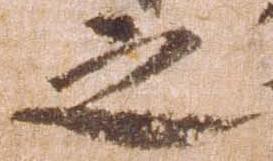
之